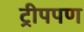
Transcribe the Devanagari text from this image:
ट्रीपपण